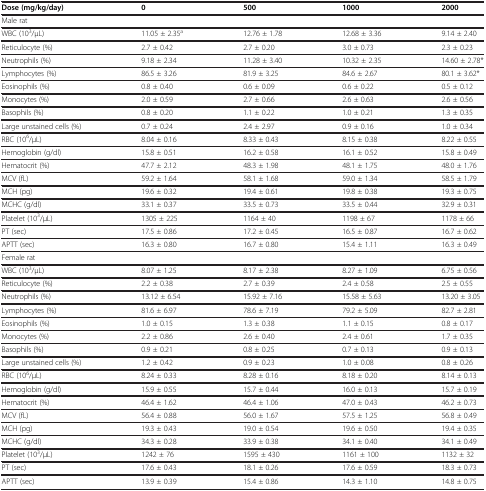
<table><thead><tr><td><b>Dose (mg/kg/day)</b></td><td><b>0</b></td><td><b>500</b></td><td><b>1000</b></td><td><b>2000</b></td></tr></thead><tbody><tr><td>Male rat</td><td> </td><td> </td><td> </td><td> </td></tr><tr><td>WBC (10<sup>3</sup>/μL)</td><td>11.05 ± 2.35<sup>a</sup></td><td>12.76 ± 1.78</td><td>12.68 ± 3.36</td><td>9.14 ± 2.40</td></tr><tr><td>Reticulocyte (%)</td><td>2.7 ± 0.42</td><td>2.7 ± 0.20</td><td>3.0 ± 0.73</td><td>2.3 ± 0.23</td></tr><tr><td>Neutrophils (%)</td><td>9.18 ± 2.34</td><td>11.28 ± 3.40</td><td>10.32 ± 2.35</td><td>14.60 ± 2.78*</td></tr><tr><td>Lymphocytes (%)</td><td>86.5 ± 3.26</td><td>81.9 ± 3.25</td><td>84.6 ± 2.67</td><td>80.1 ± 3.62*</td></tr><tr><td>Eosinophils (%)</td><td>0.8 ± 0.40</td><td>0.6 ± 0.09</td><td>0.6 ± 0.22</td><td>0.5 ± 0.12</td></tr><tr><td>Monocytes (%)</td><td>2.0 ± 0.59</td><td>2.7 ± 0.66</td><td>2.6 ± 0.63</td><td>2.6 ± 0.56</td></tr><tr><td>Basophils (%)</td><td>0.8 ± 0.20</td><td>1.1 ± 0.22</td><td>1.0 ± 0.21</td><td>1.3 ± 0.35</td></tr><tr><td>Large unstained cells (%)</td><td>0.7 ± 0.24</td><td>2.4 ± 2.97</td><td>0.9 ± 0.16</td><td>1.0 ± 0.34</td></tr><tr><td>RBC (10<sup>6</sup>/μL)</td><td>8.04 ± 0.16</td><td>8.33 ± 0.43</td><td>8.15 ± 0.38</td><td>8.22 ± 0.55</td></tr><tr><td>Hemoglobin (g/dl)</td><td>15.8 ± 0.51</td><td>16.2 ± 0.58</td><td>16.1 ± 0.52</td><td>15.8 ± 0.49</td></tr><tr><td>Hematocrit (%)</td><td>47.7 ± 2.12</td><td>48.3 ± 1.98</td><td>48.1 ± 1.75</td><td>48.0 ± 1.76</td></tr><tr><td>MCV (fL)</td><td>59.2 ± 1.64</td><td>58.1 ± 1.68</td><td>59.0 ± 1.34</td><td>58.5 ± 1.79</td></tr><tr><td>MCH (pg)</td><td>19.6 ± 0.32</td><td>19.4 ± 0.61</td><td>19.8 ± 0.38</td><td>19.3 ± 0.75</td></tr><tr><td>MCHC (g/dl)</td><td>33.1 ± 0.37</td><td>33.5 ± 0.73</td><td>33.5 ± 0.44</td><td>32.9 ± 0.31</td></tr><tr><td>Platelet (10<sup>3</sup>/μL)</td><td>1305 ± 225</td><td>1164 ± 40</td><td>1198 ± 67</td><td>1178 ± 66</td></tr><tr><td>PT (sec)</td><td>17.5 ± 0.86</td><td>17.2 ± 0.45</td><td>16.5 ± 0.87</td><td>16.7 ± 0.62</td></tr><tr><td>APTT (sec)</td><td>16.3 ± 0.80</td><td>16.7 ± 0.80</td><td>15.4 ± 1.11</td><td>16.3 ± 0.49</td></tr><tr><td>Female rat</td><td> </td><td> </td><td> </td><td> </td></tr><tr><td>WBC (10<sup>3</sup>/μL)</td><td>8.07 ± 1.25</td><td>8.17 ± 2.38</td><td>8.27 ± 1.09</td><td>6.75 ± 0.56</td></tr><tr><td>Reticulocyte (%)</td><td>2.2 ± 0.38</td><td>2.7 ± 0.39</td><td>2.4 ± 0.58</td><td>2.5 ± 0.55</td></tr><tr><td>Neutrophils (%)</td><td>13.12 ± 6.54</td><td>15.92 ± 7.16</td><td>15.58 ± 5.63</td><td>13.20 ± 3.05</td></tr><tr><td>Lymphocytes (%)</td><td>81.6 ± 6.97</td><td>78.6 ± 7.19</td><td>79.2 ± 5.09</td><td>82.7 ± 2.81</td></tr><tr><td>Eosinophils (%)</td><td>1.0 ± 0.15</td><td>1.3 ± 0.38</td><td>1.1 ± 0.15</td><td>0.8 ± 0.17</td></tr><tr><td>Monocytes (%)</td><td>2.2 ± 0.86</td><td>2.6 ± 0.40</td><td>2.4 ± 0.61</td><td>1.7 ± 0.35</td></tr><tr><td>Basophils (%)</td><td>0.9 ± 0.21</td><td>0.8 ± 0.25</td><td>0.7 ± 0.13</td><td>0.9 ± 0.13</td></tr><tr><td>Large unstained cells (%)</td><td>1.2 ± 0.42</td><td>0.9 ± 0.23</td><td>1.0 ± 0.08</td><td>0.8 ± 0.26</td></tr><tr><td>RBC (10<sup>6</sup>/μL)</td><td>8.24 ± 0.33</td><td>8.28 ± 0.16</td><td>8.18 ± 0.20</td><td>8.14 ± 0.13</td></tr><tr><td>Hemoglobin (g/dl)</td><td>15.9 ± 0.55</td><td>15.7 ± 0.44</td><td>16.0 ± 0.13</td><td>15.7 ± 0.19</td></tr><tr><td>Hematocrit (%)</td><td>46.4 ± 1.62</td><td>46.4 ± 1.06</td><td>47.0 ± 0.43</td><td>46.2 ± 0.73</td></tr><tr><td>MCV (fL)</td><td>56.4 ± 0.88</td><td>56.0 ± 1.67</td><td>57.5 ± 1.25</td><td>56.8 ± 0.49</td></tr><tr><td>MCH (pg)</td><td>19.3 ± 0.43</td><td>19.0 ± 0.54</td><td>19.6 ± 0.50</td><td>19.4 ± 0.35</td></tr><tr><td>MCHC (g/dl)</td><td>34.3 ± 0.28</td><td>33.9 ± 0.38</td><td>34.1 ± 0.40</td><td>34.1 ± 0.49</td></tr><tr><td>Platelet (10<sup>3</sup>/μL)</td><td>1242 ± 76</td><td>1595 ± 430</td><td>1161 ± 100</td><td>1132 ± 32</td></tr><tr><td>PT (sec)</td><td>17.6 ± 0.43</td><td>18.1 ± 0.26</td><td>17.6 ± 0.59</td><td>18.3 ± 0.73</td></tr><tr><td>APTT (sec)</td><td>13.9 ± 0.39</td><td>15.4 ± 0.86</td><td>14.3 ± 1.10</td><td>14.8 ± 0.75</td></tr></tbody></table>